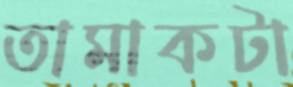
তামাকটা